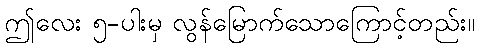
ဤလေး ၅-ပါးမှ လွန်မြောက်သောကြောင့်တည်း။